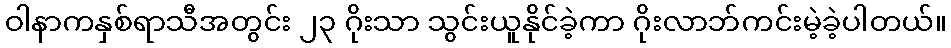
ဝါနာကနှစ်ရာသီအတွင်း ၂၃ ဂိုးသာ သွင်းယူနိုင်ခဲ့ကာ ဂိုးလာဘ်ကင်းမဲ့ခဲ့ပါတယ်။